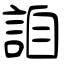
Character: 詯